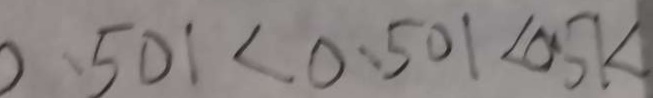
0 . 5 0 1 < 0 . 5 0 1 < 0 . 5 k